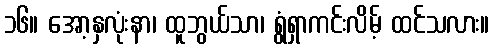
၁၆။ အော့နှလုံးနာ၊ ထူဘွယ်သာ၊ ရွံရှာကင်းလိမ့် ထင်သလား။